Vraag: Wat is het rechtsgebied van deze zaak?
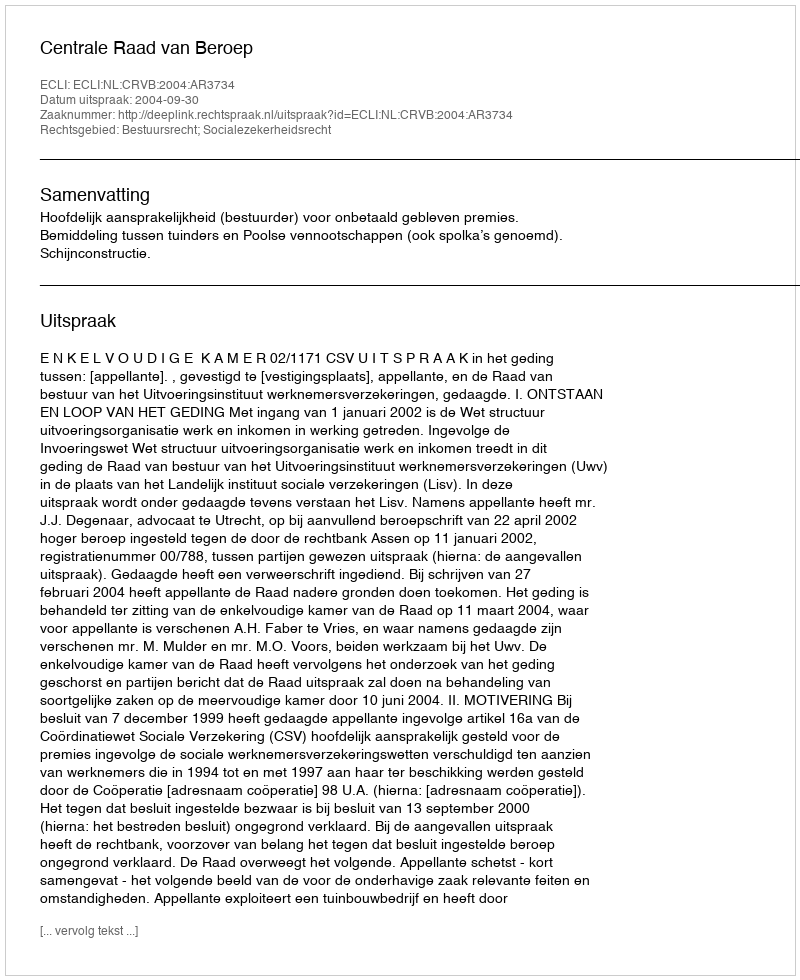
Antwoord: Bestuursrecht; Socialezekerheidsrecht